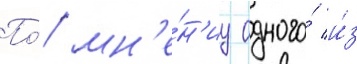
По́ мн'е́н'иу одного́ и́з